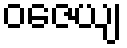
ဝဇေယျ